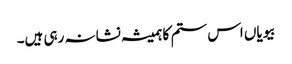
بیویاں اس ستم کا ہمیشہ نشانہ رہی ہیں۔